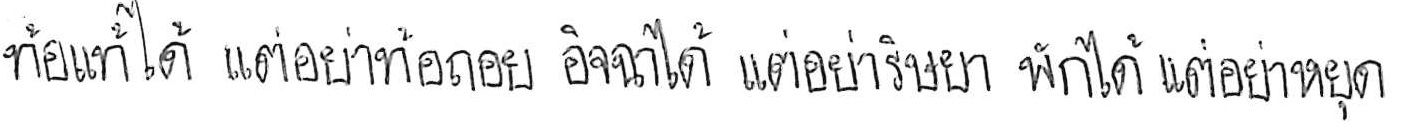
ท้อแท้ได้ แต่อย่าท้อถอย อิจฉาได้ แต่อย่าริษยา พักได้ แต่อย่าหยุด